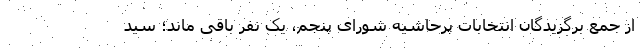
از جمع برگزیدگان انتخابات پرحاشیه شورای پنجم، یک نفر باقی ماند؛ سید